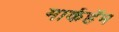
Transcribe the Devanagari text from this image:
मार्कहॅम